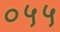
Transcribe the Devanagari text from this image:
०५५